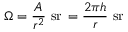
\Omega = { \frac { A } { r ^ { 2 } } } \ { \mathrm { s r } } \, = { \frac { 2 \pi h } { r } } \ { \mathrm { s r } }